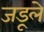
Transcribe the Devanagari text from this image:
जडूले